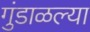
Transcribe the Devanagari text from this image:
गुंडाळल्या